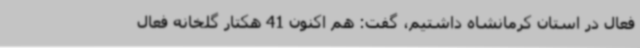
فعال در استان کرمانشاه داشتیم، گفت: هم اکنون 41 هکتار گلخانه فعال